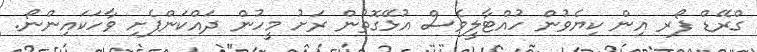
ގްރޭޑް ފޯރ އިން ކިޔެވުން ހުއްޓާލީވެސް އުޅޭގޮތުން ރަށު މީހުން ދައްކަންފެށި ވާހަކައިންނޯ.